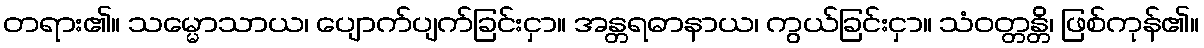
တရား၏။ သမ္မောသာယ၊ ပျောက်ပျက်ခြင်းငှာ။ အန္တရဓာနာယ၊ ကွယ်ခြင်းငှာ။ သံဝတ္တန္တိ၊ ဖြစ်ကုန်၏။